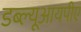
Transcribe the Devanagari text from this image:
डब्ल्यूआयपीए